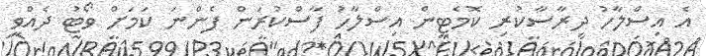
އެ އިސްލާހު ދިރާސާކުރި ކޮމެޓީން އިސްލާހު ފާސްކުރަން ފެންނަ ކަމަށް ވޯޓު ދެއްވީ